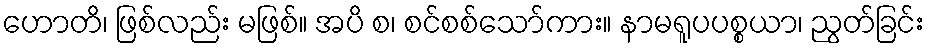
ဟောတိ၊ ဖြစ်လည်း မဖြစ်။ အပိ စ၊ စင်စစ်သော်ကား။ နာမရူပပစ္စယာ၊ ညွတ်ခြင်း